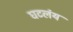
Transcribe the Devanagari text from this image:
घटलंय